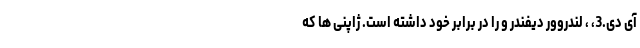
آی دی.3، ، لندروور دیفندر و را در برابر خود داشته است. ژاپنی ها که